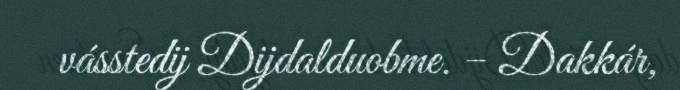
vásstedij Dijdalduobme. – Dakkár,